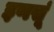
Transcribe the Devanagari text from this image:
इणसूं